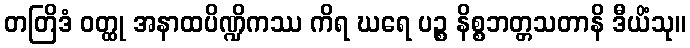
တတြိဒံ ဝတ္ထု အနာထပိဏ္ဍိကဿ ကိရ ဃရေ ပဉ္စ နိစ္စဘတ္တသတာနိ ဒီယိံသု။